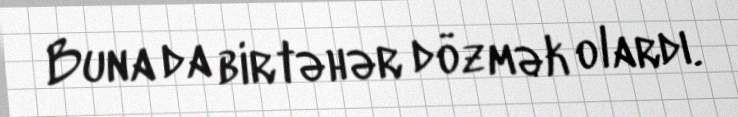
Buna da birtəhər dözmək olardı.